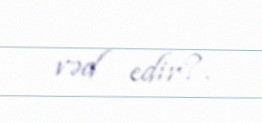
vəd edir?.